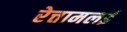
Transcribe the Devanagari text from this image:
रेत्तामलई